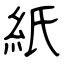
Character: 紙